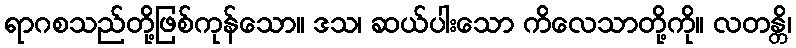
ရာဂစသည်တို့ဖြစ်ကုန်သော။ ဒသ၊ ဆယ်ပါးသော ကိလေသာတို့ကို။ လတန္တိ၊